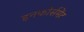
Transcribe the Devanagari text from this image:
इनफोर्समेंट